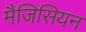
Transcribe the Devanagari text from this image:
मैजिसियन